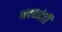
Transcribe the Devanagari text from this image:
श्रवणदेवी